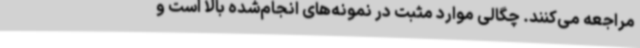
مراجعه می‌کنند. چگالی موارد مثبت در نمونه‌های انجام‌شده بالا است و